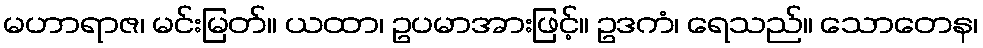
မဟာရာဇ၊ မင်းမြတ်။ ယထာ၊ ဥပမာအားဖြင့်။ ဥဒကံ၊ ရေသည်။ သောတေန၊